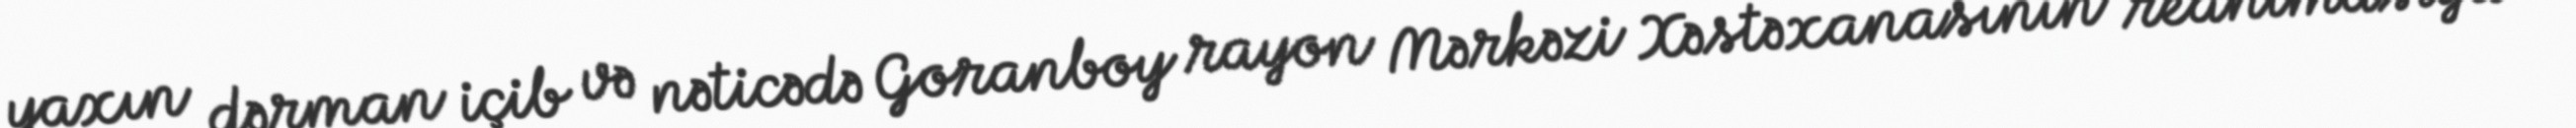
yaxın dərman içib və nəticədə Goranboy rayon Mərkəzi Xəstəxanasının reanimasiya